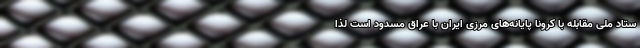
ستاد ملی مقابله با کرونا پایانه‌های مرزی ایران با عراق مسدود است لذا